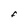
Character: f